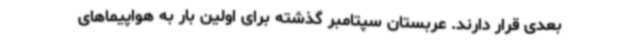
بعدی قرار دارند. عربستان سپتامبر گذشته برای اولین بار به هواپیماهای